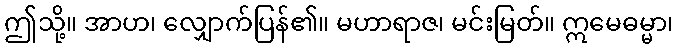
ဤသို့။ အာဟ၊ လျှောက်ပြန်၏။ မဟာရာဇ၊ မင်းမြတ်။ ဣမေဓမ္မာ၊